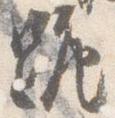
跪